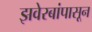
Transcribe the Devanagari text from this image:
झवेरबांपासून